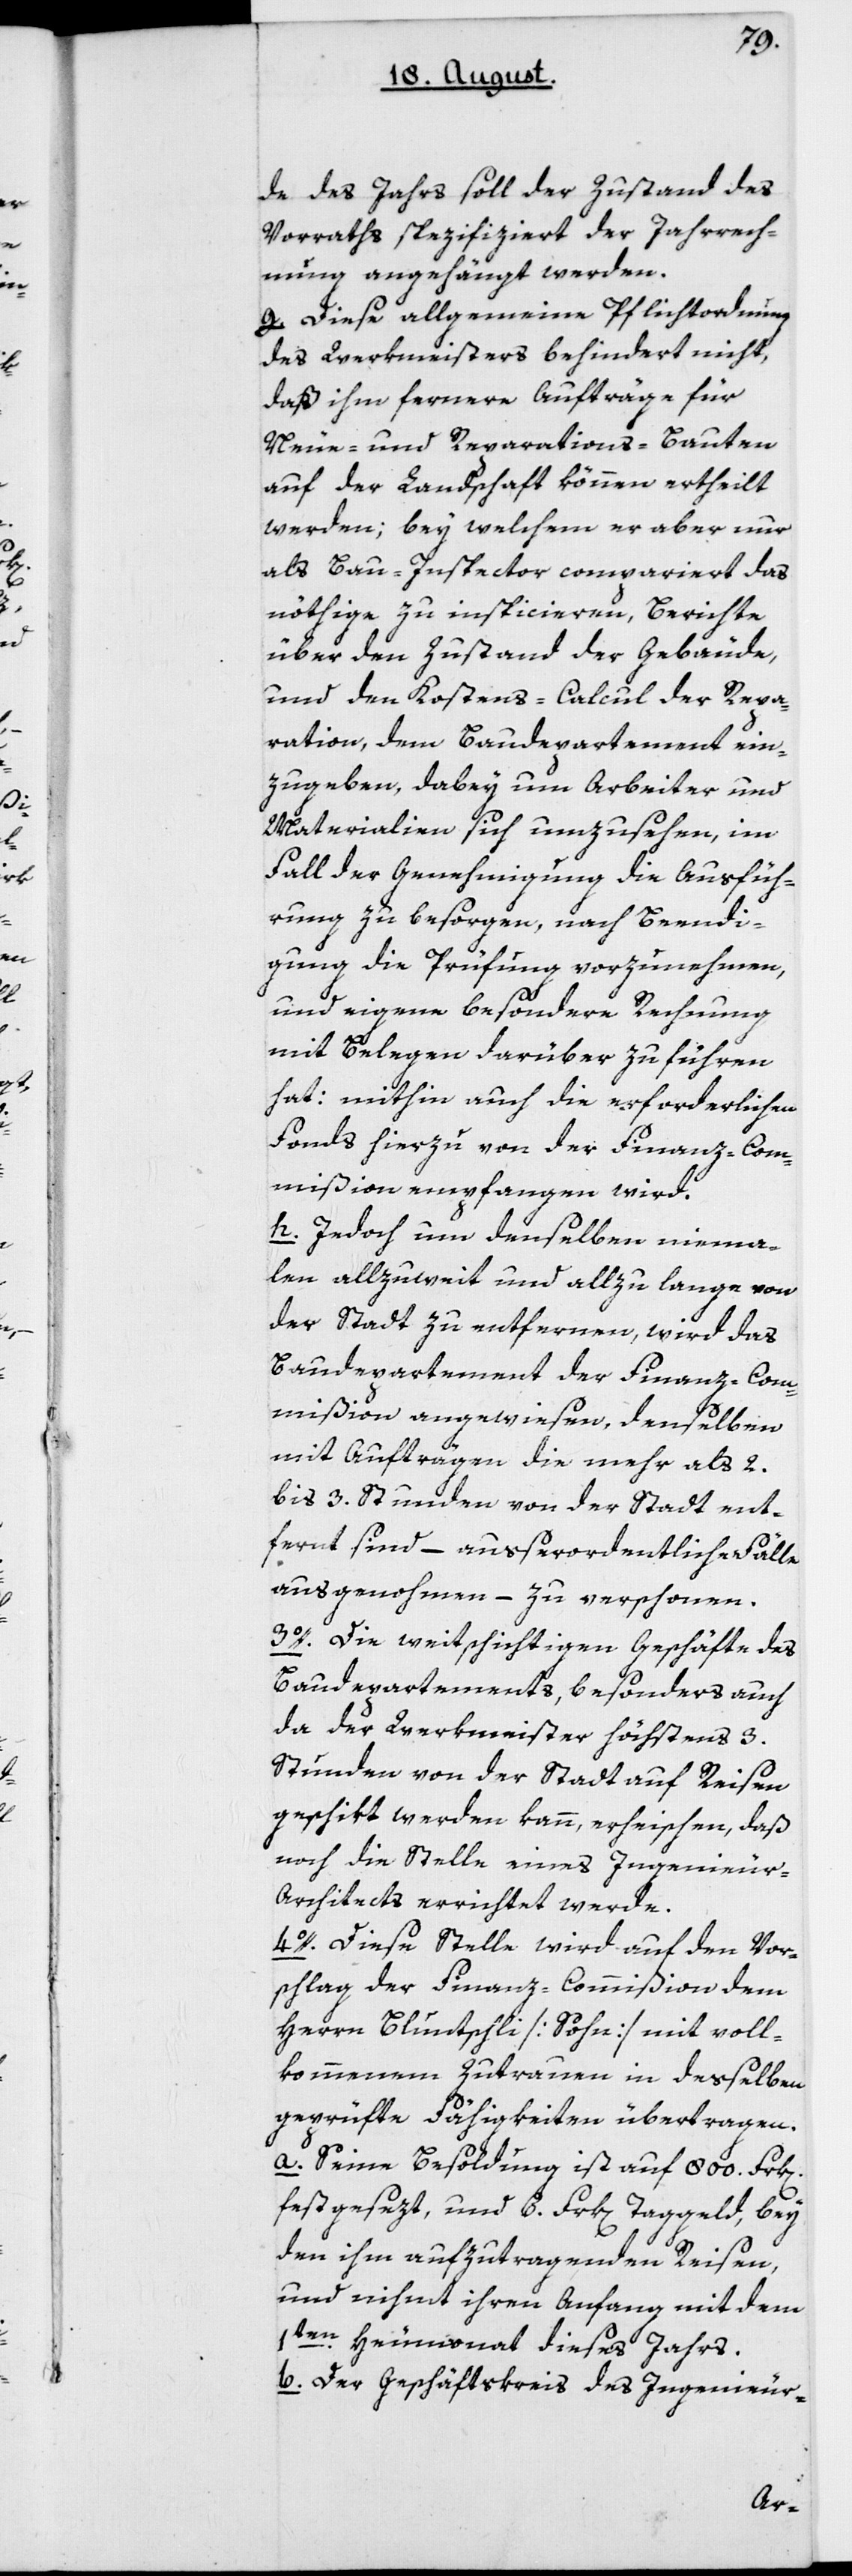
de des Jahrs soll der Zustand des
Vorraths spezifiziert der Jahr-Rech¬
nung angehängt werden.
g. Diese allgemeine Pflichtordnung
des Werkmeisters behindert nicht,
daß ihm fernere Aufträge für
Neue- und Reparations-Bauten
auf der Landschaft können ertheilt
werden; bey welchem er aber nur
als Bau-Inspector compariert das
nöthige zu inspicieren, Berichte
über den Zustand der Gebäude,
und den Kostens-Calcul der Repa¬
ration, dem Baudepartement ein¬
zugeben, dabey um Arbeiter und
Materialien sich umzusehen, im
Fall der Genehmigung die Ausfüh¬
rung zu besorgen, nach Beendi¬
gung die Prüfung vorzunehmen,
und eigene besondere Rechnung
mit Belegen darüber zu führen
hat: mithin auch die erforderlichen
Fonds hierzu von der Finanz-Com¬
mißion empfangen wird.
h. Jedoch um denselben niema¬
len allzuweit und allzu lange von
der Stadt zu erntfernen, wird das
Baudepartement der Finanzcom¬
mißion angewiesen, denselben
mit Aufträgen, die mehr als 2
bis 3 Stunden von der Stadt ent¬
fernt sind, – außerordentliche Fälle
ausgenommen, – zu verschonen.
3o. Die weitschichtigen Geschäfte des
Baudepartements, besonders auch
da der Werkmeister höchstens 3
Stunden von der Stadt auf Reisen
geschikt werden kann, erheischen, daß
noch die Stelle eines Ingenieu¬
r-Architekts errichtet werde.
4o. Diese Stelle wird auf den Vor¬
schlag der Finanz-Commißion dem
Herrn Bluntschli [Sohn] mit voll¬
kommenem Zutrauen in desselben
geprüfte Fähigkeiten übertragen.
a. Seine Besoldung ist auf 800 Frk[en]
festgesezt, und 6 Frk[en] Taggeld, bey
den ihm aufzutragenden Reisen,
und nimmt ihren Anfang mit dem
1ten Heumonat dieses Jahrs.
b. Der Geschäftskreis des Ingenieur-